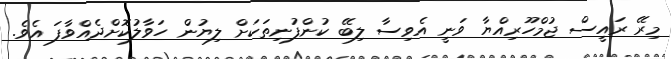
މިރޭ ރައީސް ޖުމްހޫރިއްޔާ ވަނީ އެވިސާ ލިބޭ ކުންފުނިތަކަށް ލިޔުން ހަވާލުކޮށްދެއްވާފަ އެވެ.